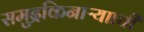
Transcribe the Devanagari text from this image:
समुद्रकिनाऱ्यााची